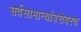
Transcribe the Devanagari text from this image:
सर्वसामान्यांबरोबरच